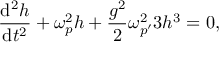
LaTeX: { \frac { \mathrm { d } ^ { 2 } h } { \mathrm { d } t ^ { 2 } } } + \omega _ { p } ^ { 2 } h + { \frac { g ^ { 2 } } { 2 } } \omega _ { p ^ { \prime } } ^ { 2 } 3 h ^ { 3 } = 0 ,